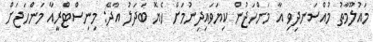
މައުލޫމާތު މުއްސަނދިވި އާ މަންހަޖުން ކިޔަވައިދިނުމަށް ހެޔޮ ބަދަލު އާދޭ: މިނިސްޓްރީއާ މަންހަޖަށް